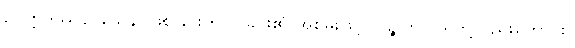
ဥပ္ပတ္တိဒဿနဝသေန၊ ဖြစ်ခြင်းကို ပြခြင်း၏ အစွမ်းဖြင့်။ ပဉ္စ၊ ၅၊ ဝါရတို့လည်းကောင်း။